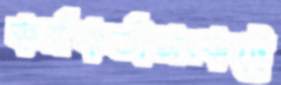
কর্মকর্তাসংকটে